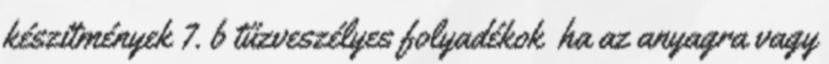
készítmények 7. b tűzveszélyes folyadékok ha az anyagra vagy